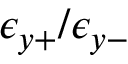
\epsilon _ { y + } / \epsilon _ { y - }